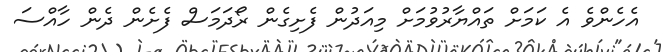
އެހެންވެ އެ ކަމަށް ތައްޔާރުވުމަށް މިއަދުން ފެށިގެން ރޯދަމަސް ފެށެން ދެން ހާއްސަ